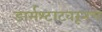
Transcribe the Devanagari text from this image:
डार्मश्टाटवरूनच